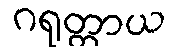
ဂရုတ္တာယ